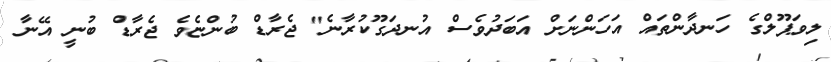
ލިވަޕޫލްގެ ހަނދާންތައް އަހަންނަށް އަބަދުވެސް އުނދަގޫކުރާނެ" ޖެރާޑް ބުންޏެވެ ޖެރާޑް ބުނީ އޭނާ